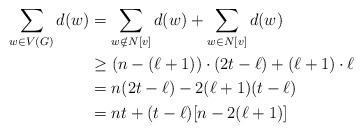
LaTeX: \begin{align*}\sum_{w \in V(G)} d(w) &= \sum_{w \notin N[v]} d(w) + \sum_{w \in N[v]} d(w) \\&\ge (n-(\ell+1))\cdot (2t-\ell) + (\ell+1)\cdot \ell \\&= n(2t-\ell) - 2(\ell+1)(t-\ell)\\&=nt + (t-\ell)[n-2(\ell+1)]\end{align*}